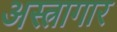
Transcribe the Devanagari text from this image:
अस्त्रागार